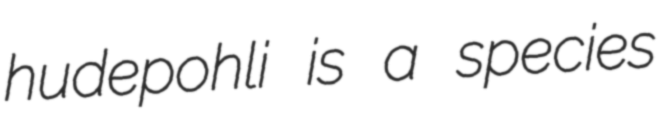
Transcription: hudepohli is a species